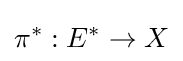
\pi ^{*}:E^{*}\to X